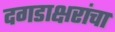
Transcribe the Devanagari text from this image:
दगडाक्षरांचा